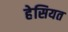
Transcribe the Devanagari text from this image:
हेसियत